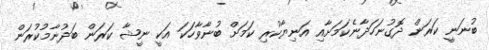
ބުނަނީ ކަރަން ދޮގުނަހަދާނެކަމަށާއި އަނިޔާކުރި ކަމަށް ބުނާވާހަކަ އަކީ ނީޝާ ކަރަން ބަދުނާމުކުރަން